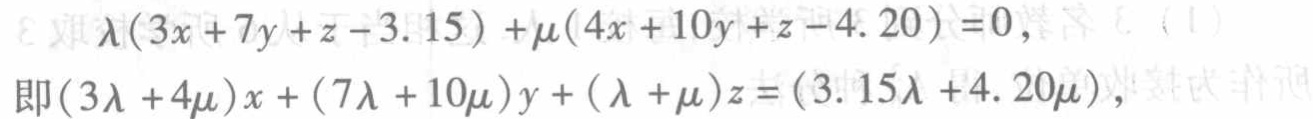
\(\lambda(3x + 7y + z - 3.15)+\mu(4x + 10y + z - 4.20)=0,\)

即\((3\lambda + 4\mu)x+(7\lambda + 10\mu)y+(\lambda + \mu)z=(3.15\lambda + 4.20\mu),\)